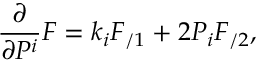
\frac \partial { \partial P ^ { i } } F = k _ { i } F _ { / 1 } + 2 P _ { i } F _ { / 2 } ,